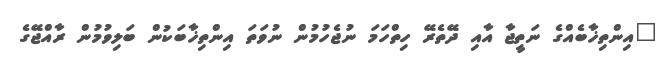
"އިންތިޚާބެއްގެ ނަތީޖާ އާއި ދޭތެރޭ ހިތްހަމަ ނުޖެހުމުން ނުވަތަ އިންތިޚާބަކުން ބަލިވުމުން ރާއްޖޭގެ